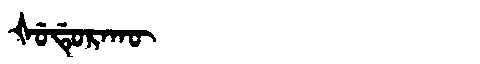
Manchu: ᡧᡠᡩᡠᡵᠠᡴᡡ
Romanization: ŠUDURAKŪ